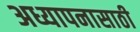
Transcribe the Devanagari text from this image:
अध्यापनासाठी